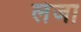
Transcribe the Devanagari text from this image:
लंजा